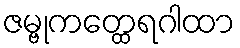
ဇမ္ဗုကတ္ထေရဂါထာ